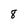
Character: 8